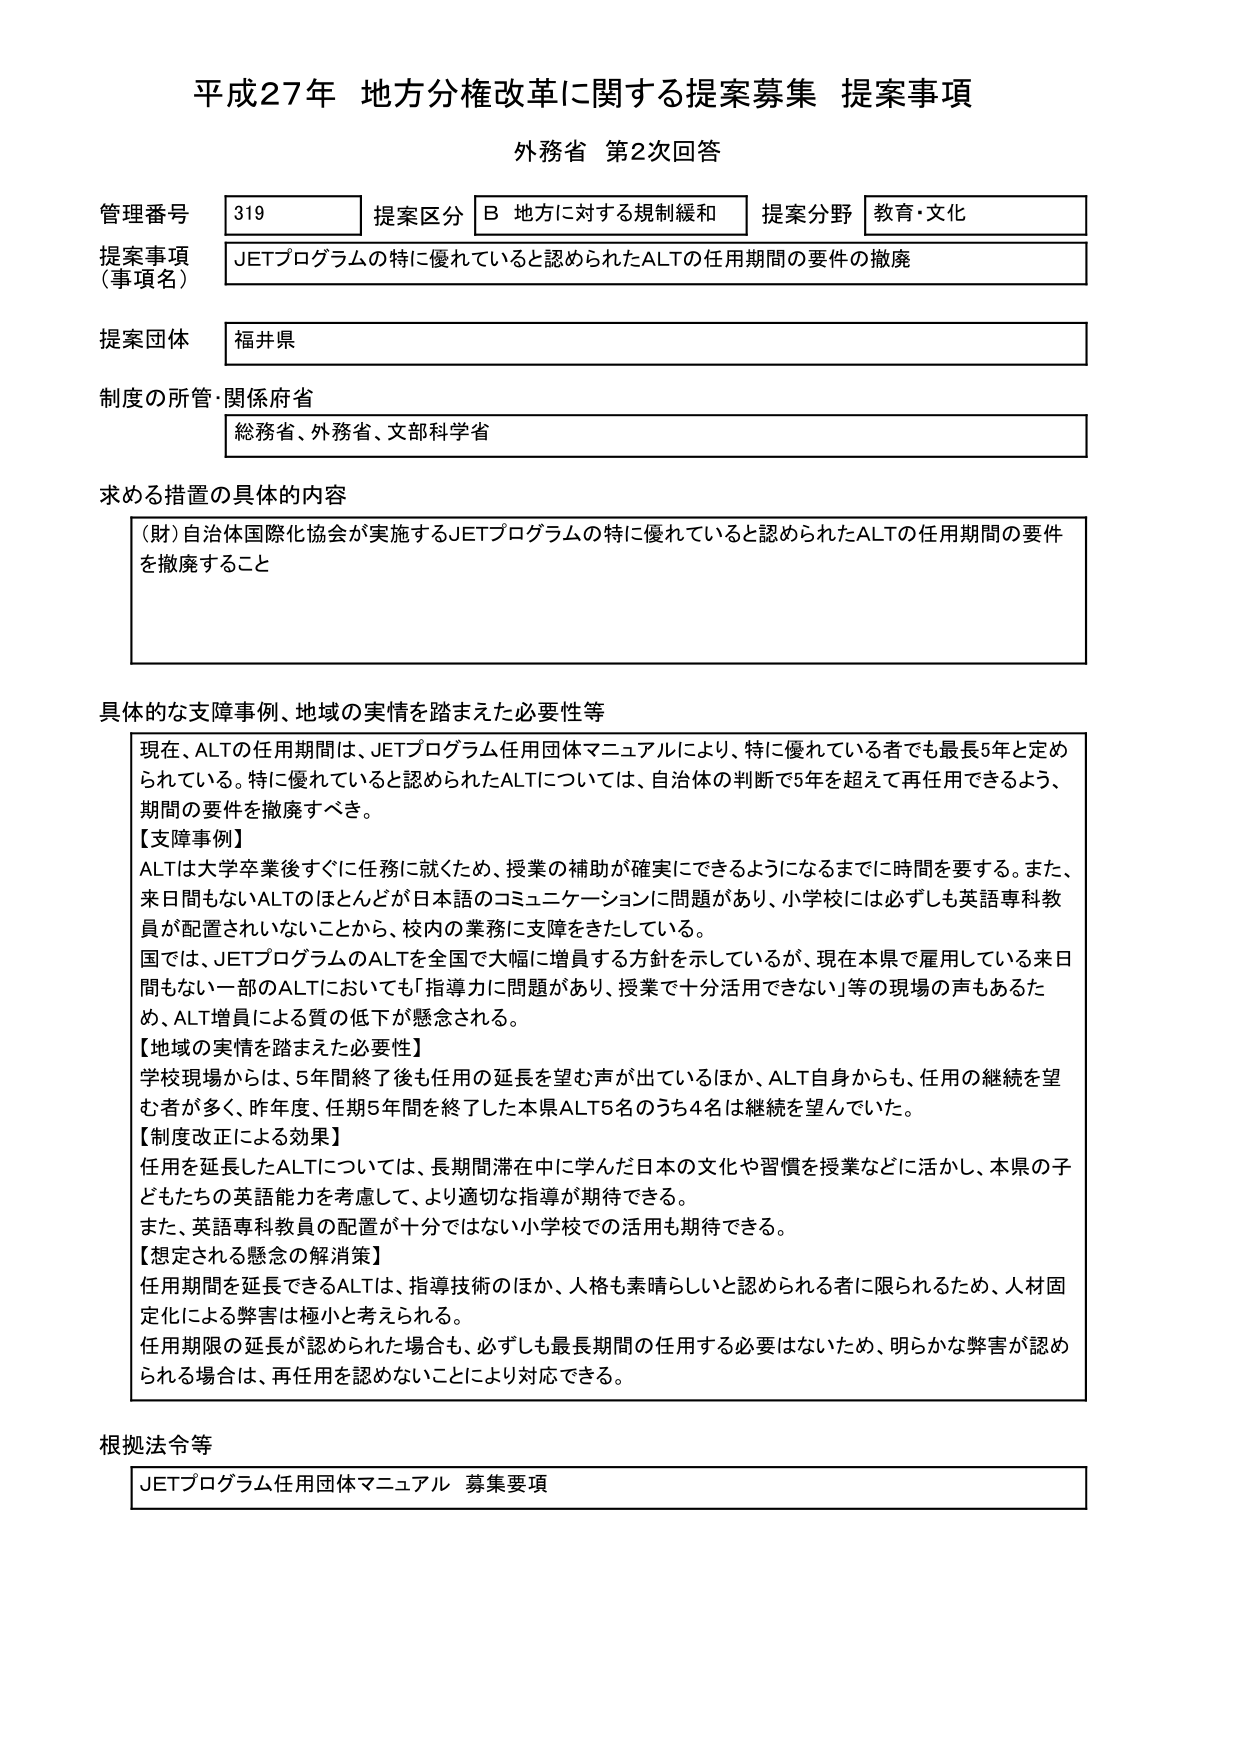
平成27年 地方分権改革に関する提案募集 提案事項
外務省 第2次回答

管理番号 319
提案区分 B 地方に対する規制緩和
提案分野 教育・文化

提案事項（事項名）
JETプログラムの特に優れていると認められたALTの任用期間の要件の撤廃

提案団体
福井県

制度の所管・関係府省
総務省、外務省、文部科学省

求める措置の具体的内容
（財）自治体国際化協会が実施するJETプログラムの特に優れていると認められたALTの任用期間の要件を撤廃すること

具体的な支障事例、地域の実情を踏まえた必要性等
現在、ALTの任用期間は、JETプログラム任用団体マニュアルにより、特に優れている者でも最長5年と定められている。特に優れていると認められたALTについては、自治体の判断で5年を超えて再任用できるよう、期間の要件を撤廃すべき。
【支障事例】
ALTは大学卒業後すぐに任務に就くため、授業の補助が確実にできるようになるまでに時間を要する。また、来日間もないALTのほとんどが日本語のコミュニケーションに問題があり、小学校には必ずしも英語専科教員が配置されていないことから、校内の業務に支障をきたしている。
国では、JETプログラムのALTを全国で大幅に増員する方針を示しているが、現在本県で雇用している来日間もない一部のALTにおいても「指導力に問題があり、授業で十分活用できない」等の現場の声もあるため、ALT増員による質の低下が懸念される。
【地域の実情を踏まえた必要性】
学校現場からは、5年間終了後も任用の延長を望む声が出ているほか、ALT自身からも、任用の継続を望む者が多く、昨年度、任期5年間を終了した本県ALT5名のうち4名は継続を望んでいた。
【制度改正による効果】
任用を延長したALTについては、長期間滞在中に学んだ日本の文化や習慣を授業などに活かし、本県の子どもたちの英語能力を考慮して、より適切な指導が期待できる。
また、英語専科教員の配置が十分ではない小学校での活用も期待できる。
【想定される懸念の解消策】
任用期間を延長できるALTは、指導技術のほか、人格も素晴らしいと認められる者に限られるため、人材固定化による弊害は極小と考えられる。
任用期限の延長が認められた場合も、必ずしも最長期間の任用する必要はないため、明らかな弊害が認められる場合は、再任用を認めないことにより対応できる。

根拠法令等
JETプログラム任用団体マニュアル 募集要項